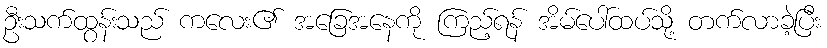
ဦးသက်ထွန်းသည် ကလေး၏ အခြေအနေကို ကြည့်ရန် အိမ်ပေါ်ထပ်သို့ တက်လာခဲ့ပြီး